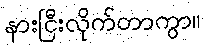
နားငြီးလိုက်တာကွာ။